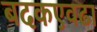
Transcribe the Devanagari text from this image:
बदकएवढा